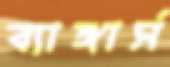
ব্যাঙ্গার্স